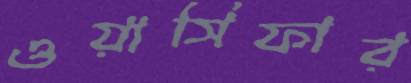
ওয়াসিফার